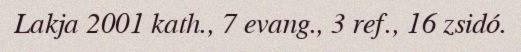
Lakja 2001 kath., 7 evang., 3 ref., 16 zsidó.